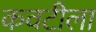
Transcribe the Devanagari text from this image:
कवटीला